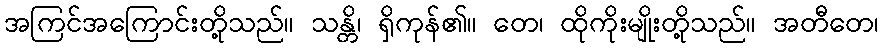
အကြင်အကြောင်းတို့သည်။ သန္တိ၊ ရှိကုန်၏။ တေ၊ ထိုကိုးမျိုးတို့သည်။ အတီတေ၊